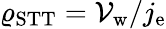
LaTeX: \varrho_{\mathrm{STT}}=\mathcal{V}_{\mathrm{w}}/j_{\mathrm{e}}